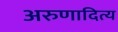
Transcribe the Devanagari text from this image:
अरुणादित्य